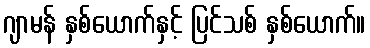
ဂျာမန် နှစ်ယောက်နှင့် ပြင်သစ် နှစ်ယောက်။